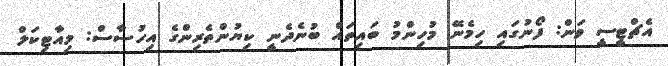
އެޗްޓީސީ ވަން: ފޯނުގައިި ހިމެނޭ މުހިންމު ބައިތައް ބުނެދެނީ ކިޔުންތެރިންގެ އިހުސާސް: މިއާޓިކަލް